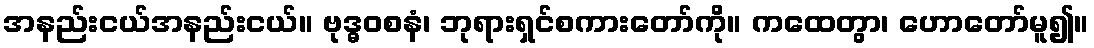
အနည်းငယ်အနည်းငယ်။ ဗုဒ္ဓဝစနံ၊ ဘုရားရှင်စကားတော်ကို။ ကထေတွာ၊ ဟောတော်မူ၍။